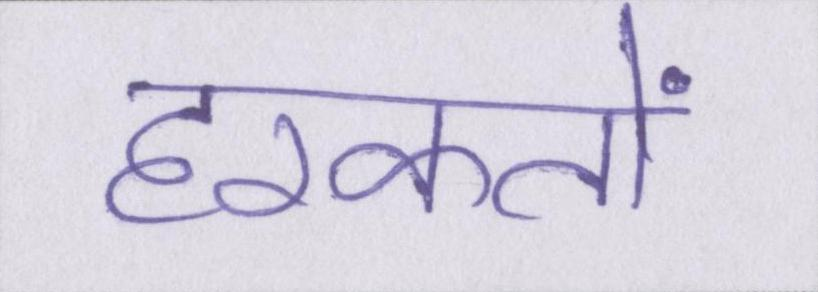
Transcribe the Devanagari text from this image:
हरकतों